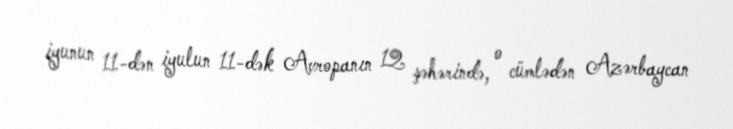
iyunun 11-dən iyulun 11-dək Avropanın 12 şəhərində, o cümlədən Azərbaycan